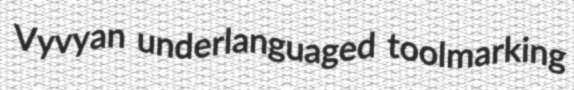
Vyvyan underlanguaged toolmarking